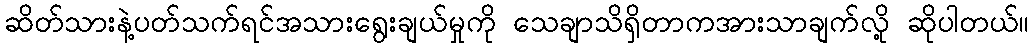
ဆိတ်သားနဲ့ပတ်သက်ရင်အသားရွေးချယ်မှုကို သေချာသိရှိတာကအားသာချက်လို့ ဆိုပါတယ်။